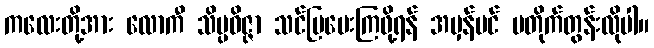
ကလေးတို့အား လောကီ သိပ္ပဝိဇ္ဇာ သင်ပြပေးကြဖို့ရန် အမှန်ပင် မတိုက်တွန်းလိုပါ။